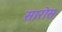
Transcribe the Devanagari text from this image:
सारोस